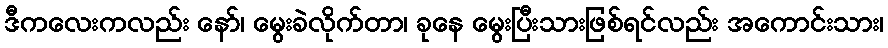
ဒီကလေးကလည်း နော်၊ မွေးခဲလိုက်တာ၊ ခုနေ မွေးပြီးသားဖြစ်ရင်လည်း အကောင်းသား၊